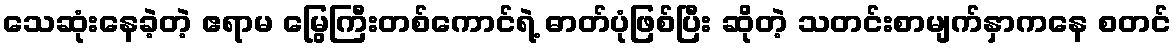
သေဆုံးနေခဲ့တဲ့ ဧရာမ မြွေကြီးတစ်ကောင်ရဲ့ ဓာတ်ပုံဖြစ်ပြီး ဆိုတဲ့ သတင်းစာမျက်နှာကနေ စတင်